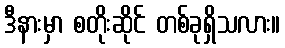
ဒီနားမှာ စတိုးဆိုင် တစ်ခုရှိသလား။